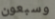
وسبعون